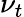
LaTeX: \nu_{t}